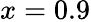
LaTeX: x=0.9